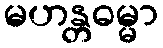
မဟန္တဓမ္မာ